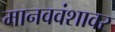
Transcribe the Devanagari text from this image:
मानववंशावर